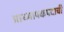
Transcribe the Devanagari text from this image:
प्राध्यापकपदाची